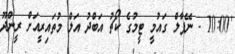
'10:00 - ނޭޕާލް ގައުމީ ޓީމުގެ ކޯޗު އަބްދު އަލް މުތައިރީއަށް ރީންދޫ